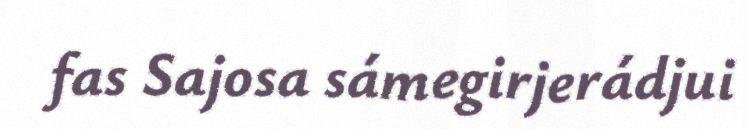
fas Sajosa sámegirjerádjui